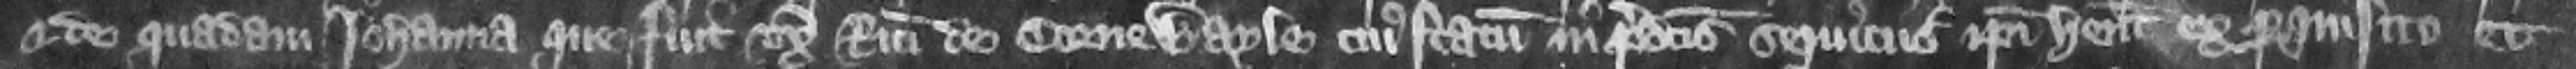
et de quadam Iohanna que fuit vxor Ricardi de Cornewayle curus statum in predictis seruiciis ipsi habent ex perquisito et